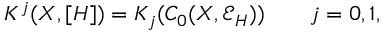
K ^ { j } ( X , [ H ] ) = K _ { j } ( C _ { 0 } ( X , { \mathcal E } _ { H } ) ) \qquad j = 0 , 1 ,